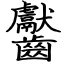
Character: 齾